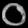
Digit: ၀